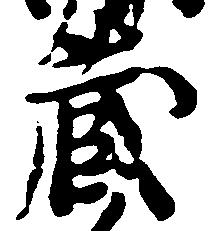
蔵